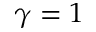
\gamma = 1